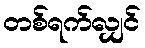
တစ်ရက်လျှင်